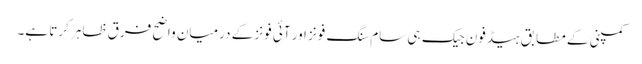
کمپنی کے مطابق ہیڈفون جیک ہی سام سنگ فونز اور آئی فونز کے درمیان واضح فرق ظاہر کرتا ہے۔